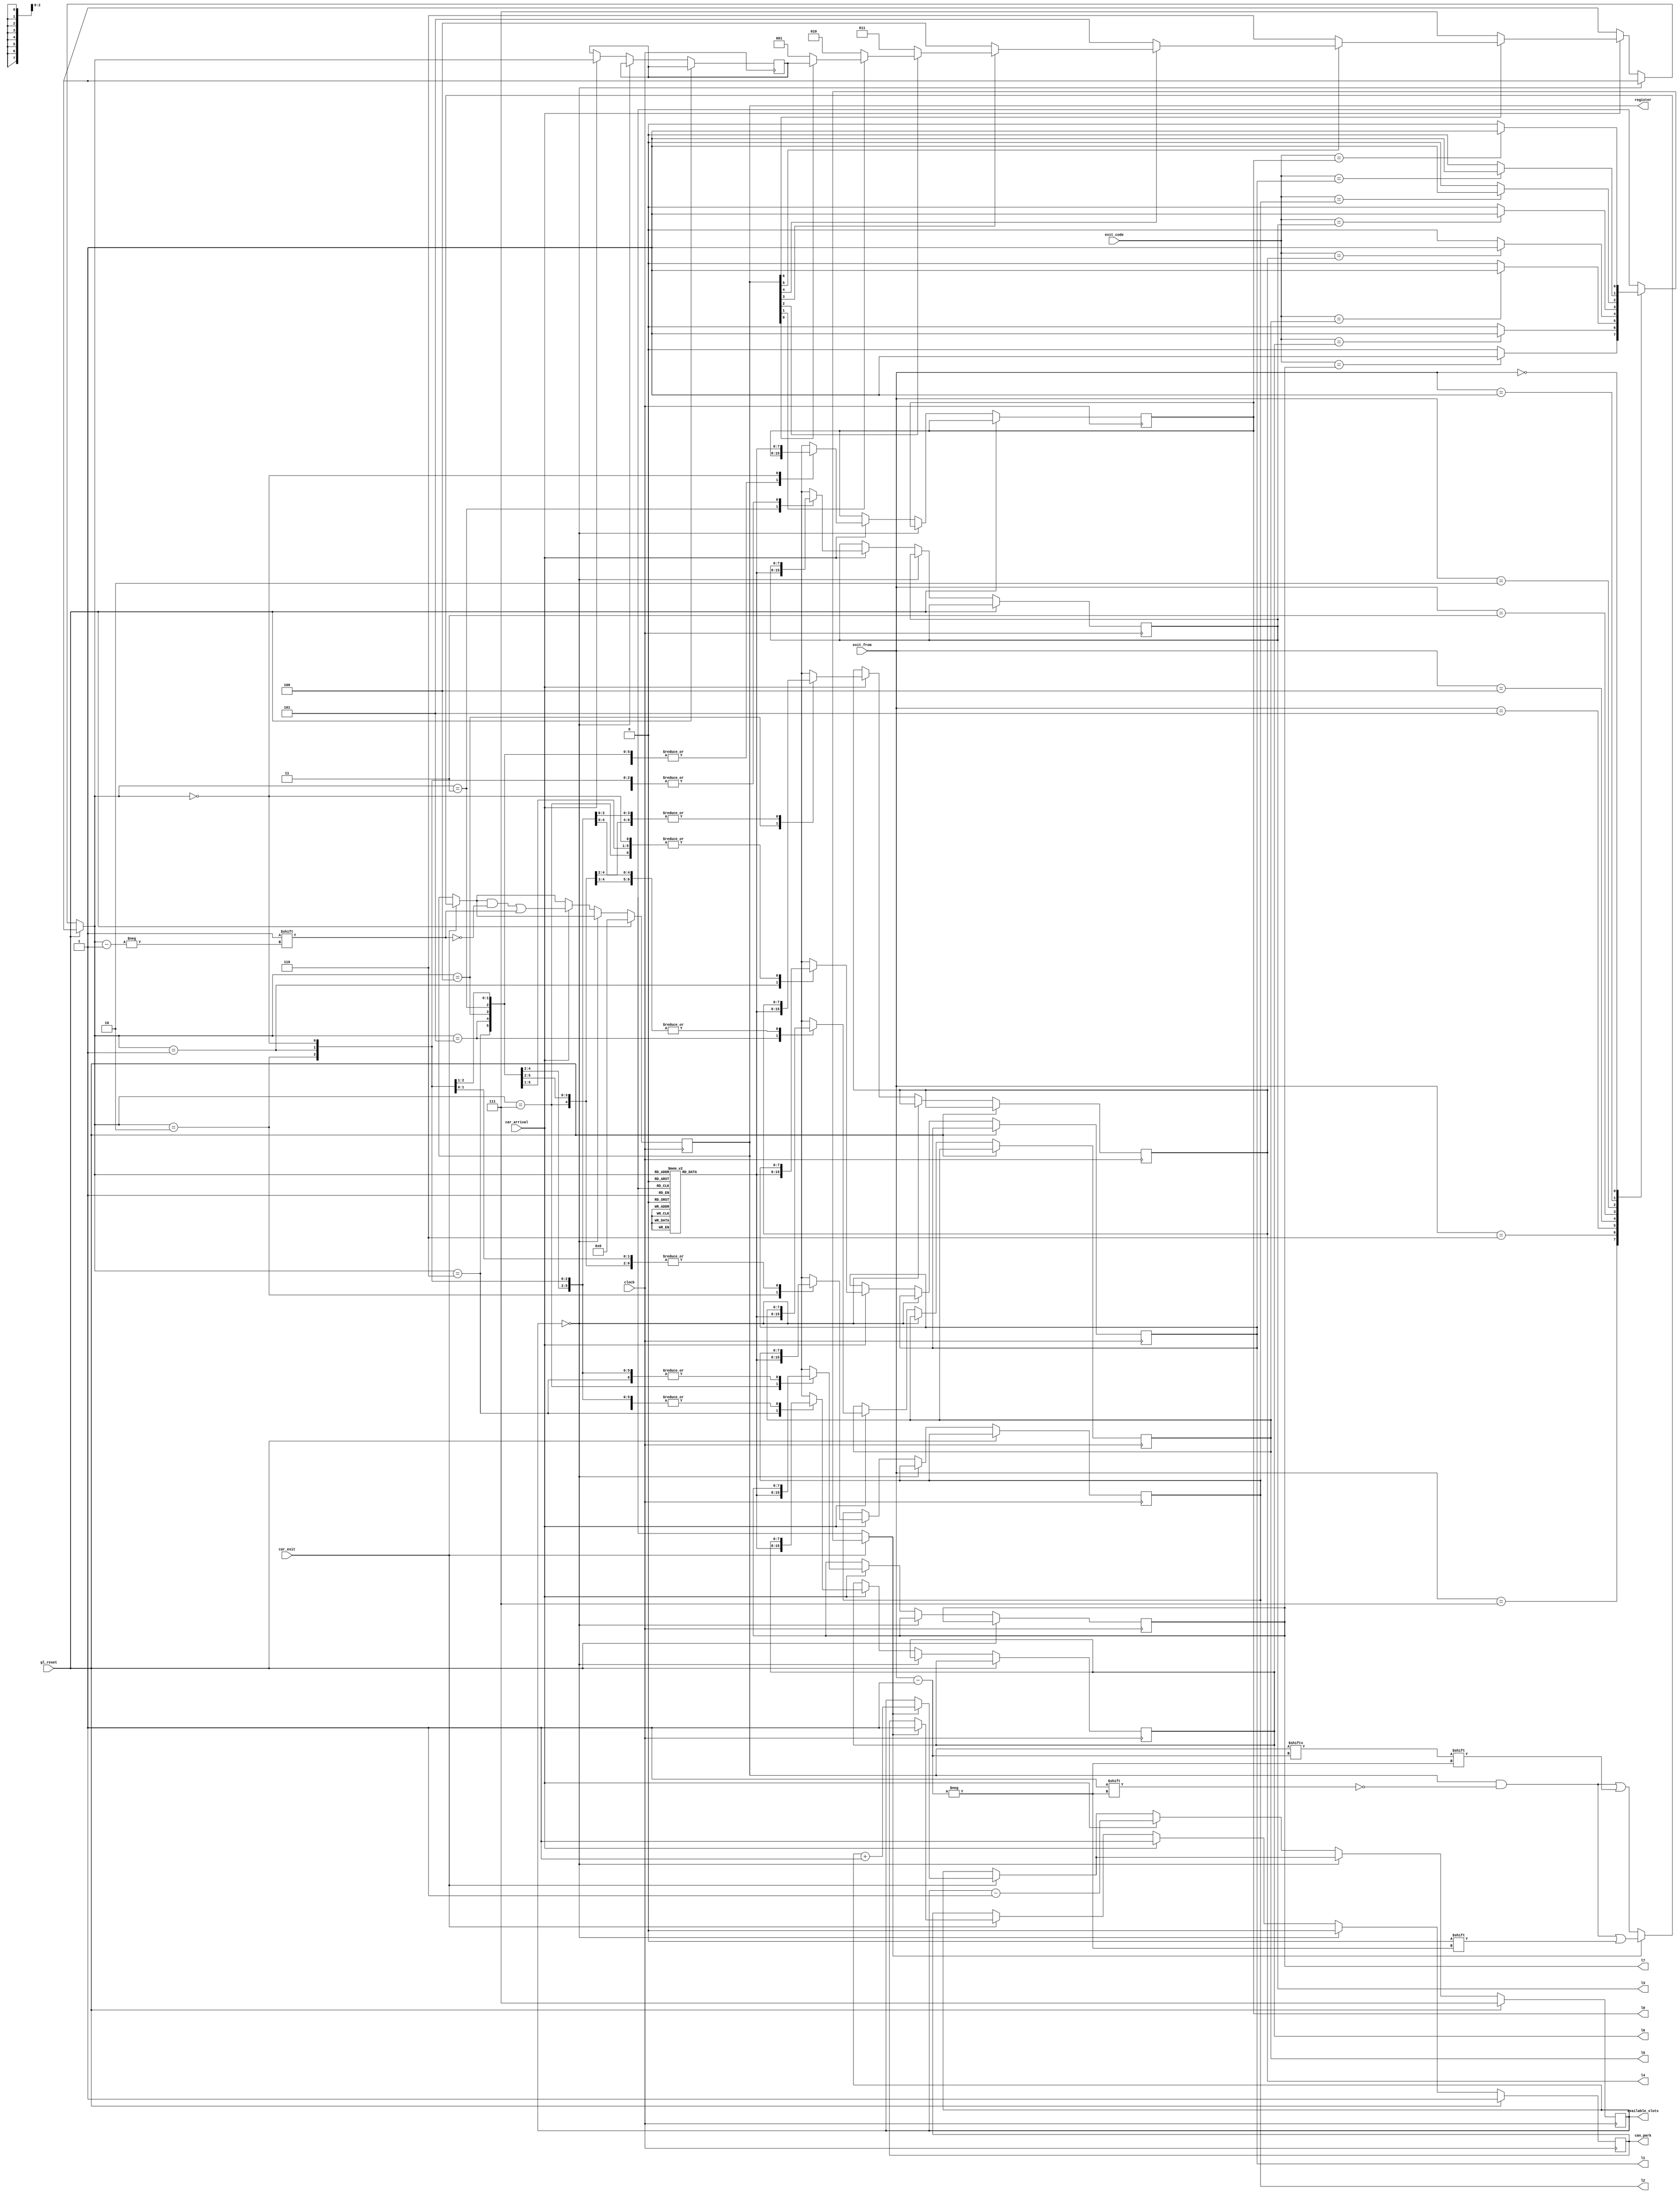
module top_module(clock,register, gl_reset, car_exit, exit_from, exit_code, 
					car_arrival,available_slots,can_park,
					l0,l1,l2,l3,l4,l5,l6,l7);

input clock, gl_reset;				//clock pulse and global reset 
input car_arrival, car_exit;		//pulse when car arrives or exits
input [2:0]exit_from;				//the spot from which car is exiting
input [7:0]exit_code;				//entering the passscode from the exiting spot
output reg [2:0]available_slots;	//how many slots are available
output reg can_park;				//1 if there slot available for parking, 0 if there is not							
output reg [7:1]register;			//temporary memory to remember the spot where cars are parked
reg [2:0]spot;						//car has been allowed to exit
reg [7:0] temp;						//holding the passcodes for designated spots
integer i;
output reg [7:0]l0,l1,l2,l3,l4,l5,l6,l7; //memories to hold the passcodes for each spot
reg match;
always @ (posedge clock)
begin
	if (car_exit)					//this will execute is there is a pulse in car_exit variable
	begin
		//find the number from which the car is exiting, and check if the code input from 
		//exit_code matches the proper case
		case(exit_from)				
			7:begin 
				if (exit_code == l7) match =1;
				else match = 0;
				end
			6:begin 
				if (exit_code == l6) match =1;
				else match = 0;
				end
			5:begin 
				if (exit_code == l5) match =1;
				else match = 0;
				end
			4:begin 
				if (exit_code == l4) match =1;
				else match = 0;
				end
			3:begin 
				if (exit_code == l3) match =1;
				else match = 0;
				end
			2:begin 
				if (exit_code == l2) match =1;
				else match = 0;
				end
			1:begin 
				if (exit_code == l1) match =1;
				else match = 0;
				end
			0:begin 
				if (exit_code == l0) match =1;
				else match = 0;
				end
		endcase
		if(match)			//if there is a match in the code given and the passcode, this will execute
		begin
			available_slots <= available_slots + 1; //increase the number of available spots if a car exits
			can_park <= 1;			//if a car exits, the slot becomes available for parking
			register[exit_from] <= 0; //putting zero in that slot of the register to denote it's empty
		end
		else				//if the exit_code doesn't match the passcode, the car will not be allowed
							//exit
		begin	
			available_slots <= available_slots; //no of available slots remains the same
			register[exit_from] <= register[exit_from]; //the slot is not emptied
		end
	end
	
	if(gl_reset)					//synchronous resetting
	begin
		available_slots <= 3'b111;	//all the slots are available
		register <= 0;
		can_park <= 1;
	end
	else if(!available_slots)		//if no slots available, car cannot be parked
		can_park <= 0;
	else if(car_arrival)			//if a car arrives and the former two conditions are not met
									//this will execute
	begin
		can_park <= 1;
		available_slots <= available_slots - 1;	//number of slots will decrease by 1
		//the for loop will check for MSB in register variable that is zero
		//and then will park the car in that spot
		for(i=1;i<=7;i = i+1)
		begin
			if(register[i]==0)
				spot = i;
		end
		register[spot] <= 1;
		
		task_passcode (spot, temp); //calling the passcode generation task for the spot
									//where the car is parked
		begin
		//assigning the passcode to the designated memory
		case(spot)
			7 : l7 = temp;
			6 : l6 = temp;
			5 : l5 = temp;
			4 : l4 = temp;
			3 : l3 = temp;
			2 : l2 = temp;
			1 : l1 = temp;
			0 : l0 = temp;
		endcase
		end
	end
end	

task task_passcode;
input [2:0]slot_number;
output reg [7:0]Q;
//generating passcode for each slots, according to fibonacci sequence
begin
	case(slot_number)
		3'b111: Q = 1+2+3+5+8+13+21+34;
		3'b110: Q = 1+2+3+5+8+13+21;
		3'b101: Q = 1+2+3+5+8+13;
		3'b100: Q = 1+2+3+5+8;
		3'b011: Q = 1+2+3+5;
		3'b010: Q = 1+2+3;
		3'b001: Q = 1+2;
		3'b000: Q = 1;
	endcase
end
endtask

endmodule